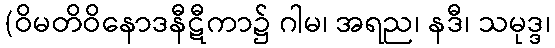
(ဝိမတိဝိနောဒနီဋီကာ၌ ဂါမ၊ အရည၊ နဒီ၊ သမုဒ္ဒ၊